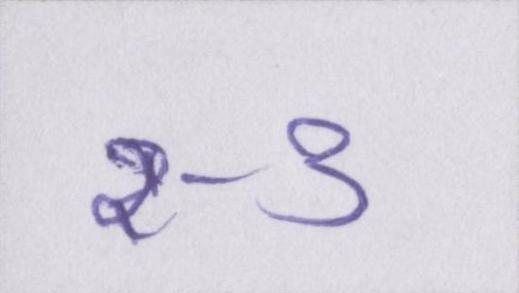
२-३